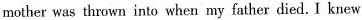
mother was thrown into when my father died. I knew